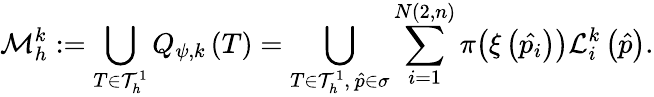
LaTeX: \mathcal{M}_{h}^{k}:=\bigcup_{T\in\mathcal{T}_{h}^{1}}Q_{\psi,k}\left(T\right)=\bigcup_{T\in\mathcal{T}_{h}^{1},\, \hat{p}\in\sigma}\sum_{i=1}^{N\left(2,n\right)}\pi\big(\xi\left(\hat{p_{i}}\right)\big)\mathcal{L}_{i}^{k}\left(\hat{p}\right).